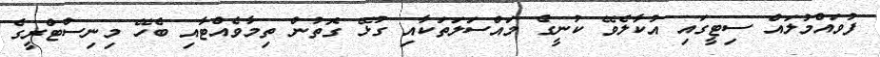
ފުވައްމުލައް ސިޓީގައި އުކާލެވޭ ކުނީގެ މައްސަލަތަކާއި ގުޅޭ ގޮތުން ތިމާވެއްޓާއި ބެހޭ މިނިސްޓްރީގެ